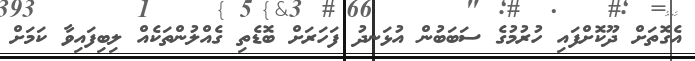
އެގޮތަށް ދޫކޮށްފައި ހުރުމުގެ ސަބަބުން އުޅަނދު ފަހަރަށް ބޮޑެތި ގެއްލުންތަކެއް ލިބިފައިވާ ކަމަށް